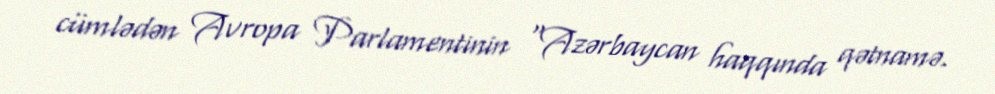
cümlədən Avropa Parlamentinin “Azərbaycan haqqında qətnamə.